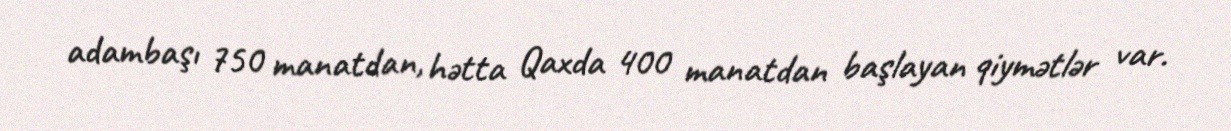
adambaşı 750 manatdan, hətta Qaxda 400 manatdan başlayan qiymətlər var.